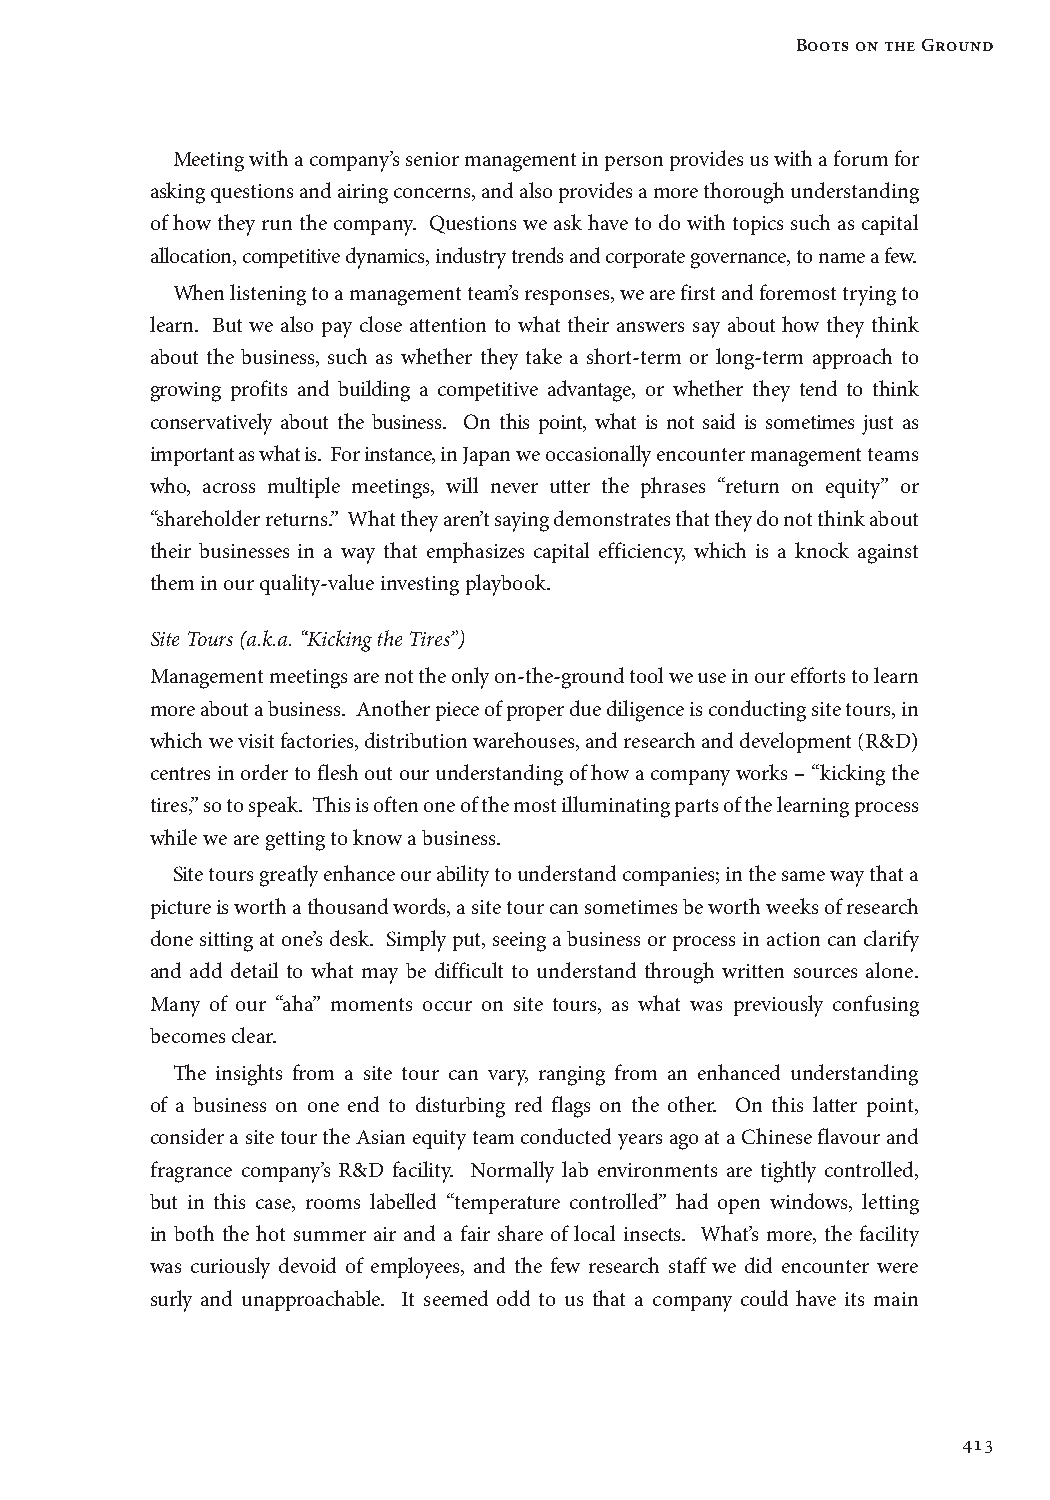
Boots on the Ground
 Meeting with a company’s senior management in person provides us with a forum for
 asking questions and airing concerns, and also provides a more thorough understanding
 of how they run the company. Questions we ask have to do with topics such as capital
 allocation, competitive dynamics, industry trends and corporate governance, to name a few.
 When listening to a management team’s responses, we are first and foremost trying to
 learn. But we also pay close attention to what their answers say about how they think
 about the business, such as whether they take a short-term or long-term approach to
 growing profits and building a competitive advantage, or whether they tend to think
 conservatively about the business. On this point, what is not said is sometimes just as
 important as what is. For instance, in Japan we occasionally encounter management teams
 who, across multiple meetings, will never utter the phrases “return on equity” or
 “shareholder returns.” What they aren’t saying demonstrates that they do not think about
 their businesses in a way that emphasizes capital efficiency, which is a knock against
 them in our quality-value investing playbook.
 Site Tours (a.k.a. “Kicking the Tires”)
 Management meetings are not the only on-the-ground tool we use in our efforts to learn
 more about a business. Another piece of proper due diligence is conducting site tours, in
 which we visit factories, distribution warehouses, and research and development (R&D)
 centres in order to flesh out our understanding of how a company works – “kicking the
 tires,” so to speak. This is often one of the most illuminating parts of the learning process
 while we are getting to know a business.
 Site tours greatly enhance our ability to understand companies; in the same way that a
 picture is worth a thousand words, a site tour can sometimes be worth weeks of research
 done sitting at one’s desk. Simply put, seeing a business or process in action can clarify
 and add detail to what may be difficult to understand through written sources alone.
 Many of our “aha” moments occur on site tours, as what was previously confusing
 becomes clear.
 The insights from a site tour can vary, ranging from an enhanced understanding
 of a business on one end to disturbing red flags on the other. On this latter point,
 consider a site tour the Asian equity team conducted years ago at a Chinese flavour and
 fragrance company’s R&D facility. Normally lab environments are tightly controlled,
 but in this case, rooms labelled “temperature controlled” had open windows, letting
 in both the hot summer air and a fair share of local insects. What’s more, the facility
 was curiously devoid of employees, and the few research staff we did encounter were
 surly and unapproachable. It seemed odd to us that a company could have its main
 413